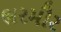
ભરમૌર